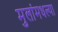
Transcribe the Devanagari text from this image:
मुलांमधल्या